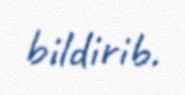
bildirib.